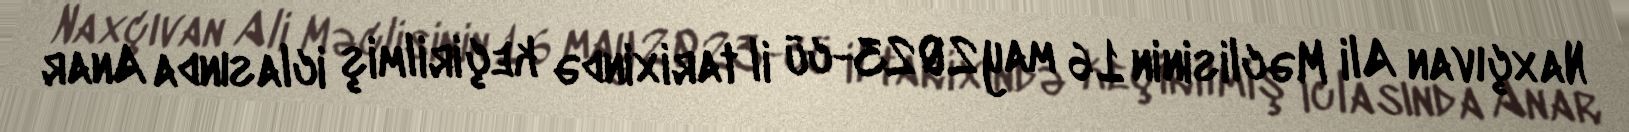
Naxçıvan Ali Məclisinin 16 may 2023-cü il tarixində keçirilmiş iclasında Anar